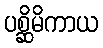
ပစ္ဆိမိကာယ